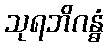
သုရဘိဂန္ဓံ